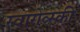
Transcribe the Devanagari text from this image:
स्वारोव्स्की